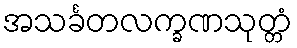
အသင်္ခတလက္ခဏသုတ္တံ